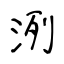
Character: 洌